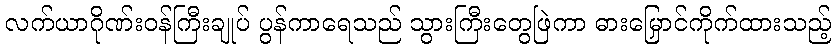
လက်ယာဂိုဏ်းဝန်ကြီးချုပ် ပွန်ကာရေသည် သွားကြီးတွေဖြဲကာ ဓားမြှောင်ကိုက်ထားသည့်